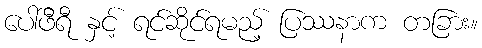
ပေါ်ဖီရီ နှင့် ရင်ဆိုင်ရမည့် ပြဿနာက တခြား။